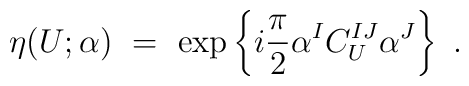
\eta(U;\alpha)\ =\ \exp \left\{ i\frac{\pi}{2} \alpha^I      C_U^{IJ}\alpha^J \right\}\ .